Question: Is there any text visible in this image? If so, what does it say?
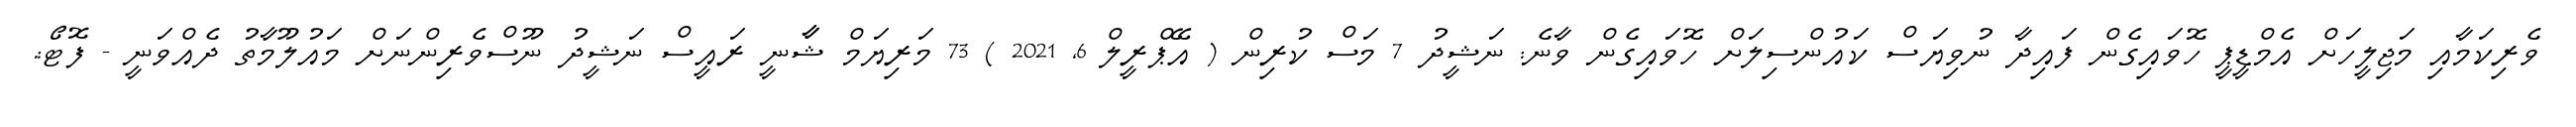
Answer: ވެރިކަމާއި މަޖިލީހަށް އެމްޑީޕީ ހޮވައިގެން ފައިދާ ނުވިޔަސް ކައުންސިލަށް ހޮވައިގެން ވާނެ: ނަޝީދު 7 މަސް ކުރިން ( އޭޕްރީލް 6, 2021 ) 73 މަރިޔަމް ޝާާނީ ރައީސް ނަޝީދު ނޫސްވެރިންނަށް މައުލޫމާތު ދެއްވަނީ - ފޮޓޯ:.